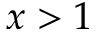
x > 1